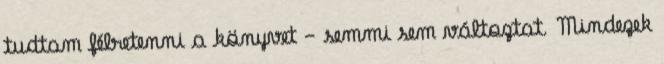
tudtam félretenni a könyvet - semmi sem változtat. Mindezek